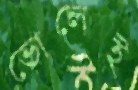
ভোলেই